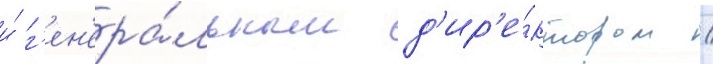
и́ г'ен'ера́льным д'ир'е́ктором /